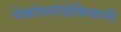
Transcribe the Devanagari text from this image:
चेकोस्लोव्हेकियानी